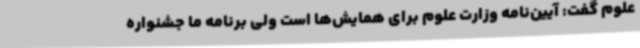
علوم گفت: آیین‌نامه وزارت علوم برای همایش‌ها است ولی برنامه ما جشنواره